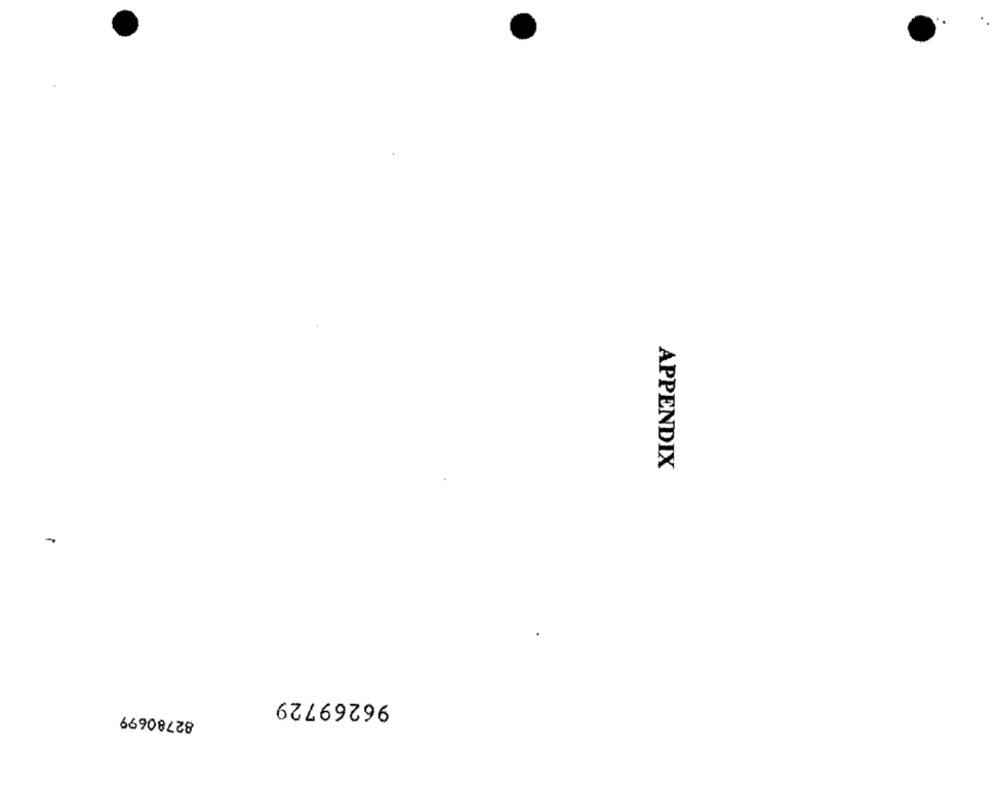
APPENDIX
96269729
82780699